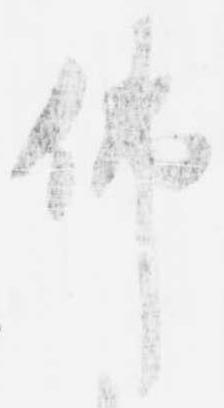
仏